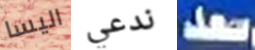
اليسا ندعي سعد